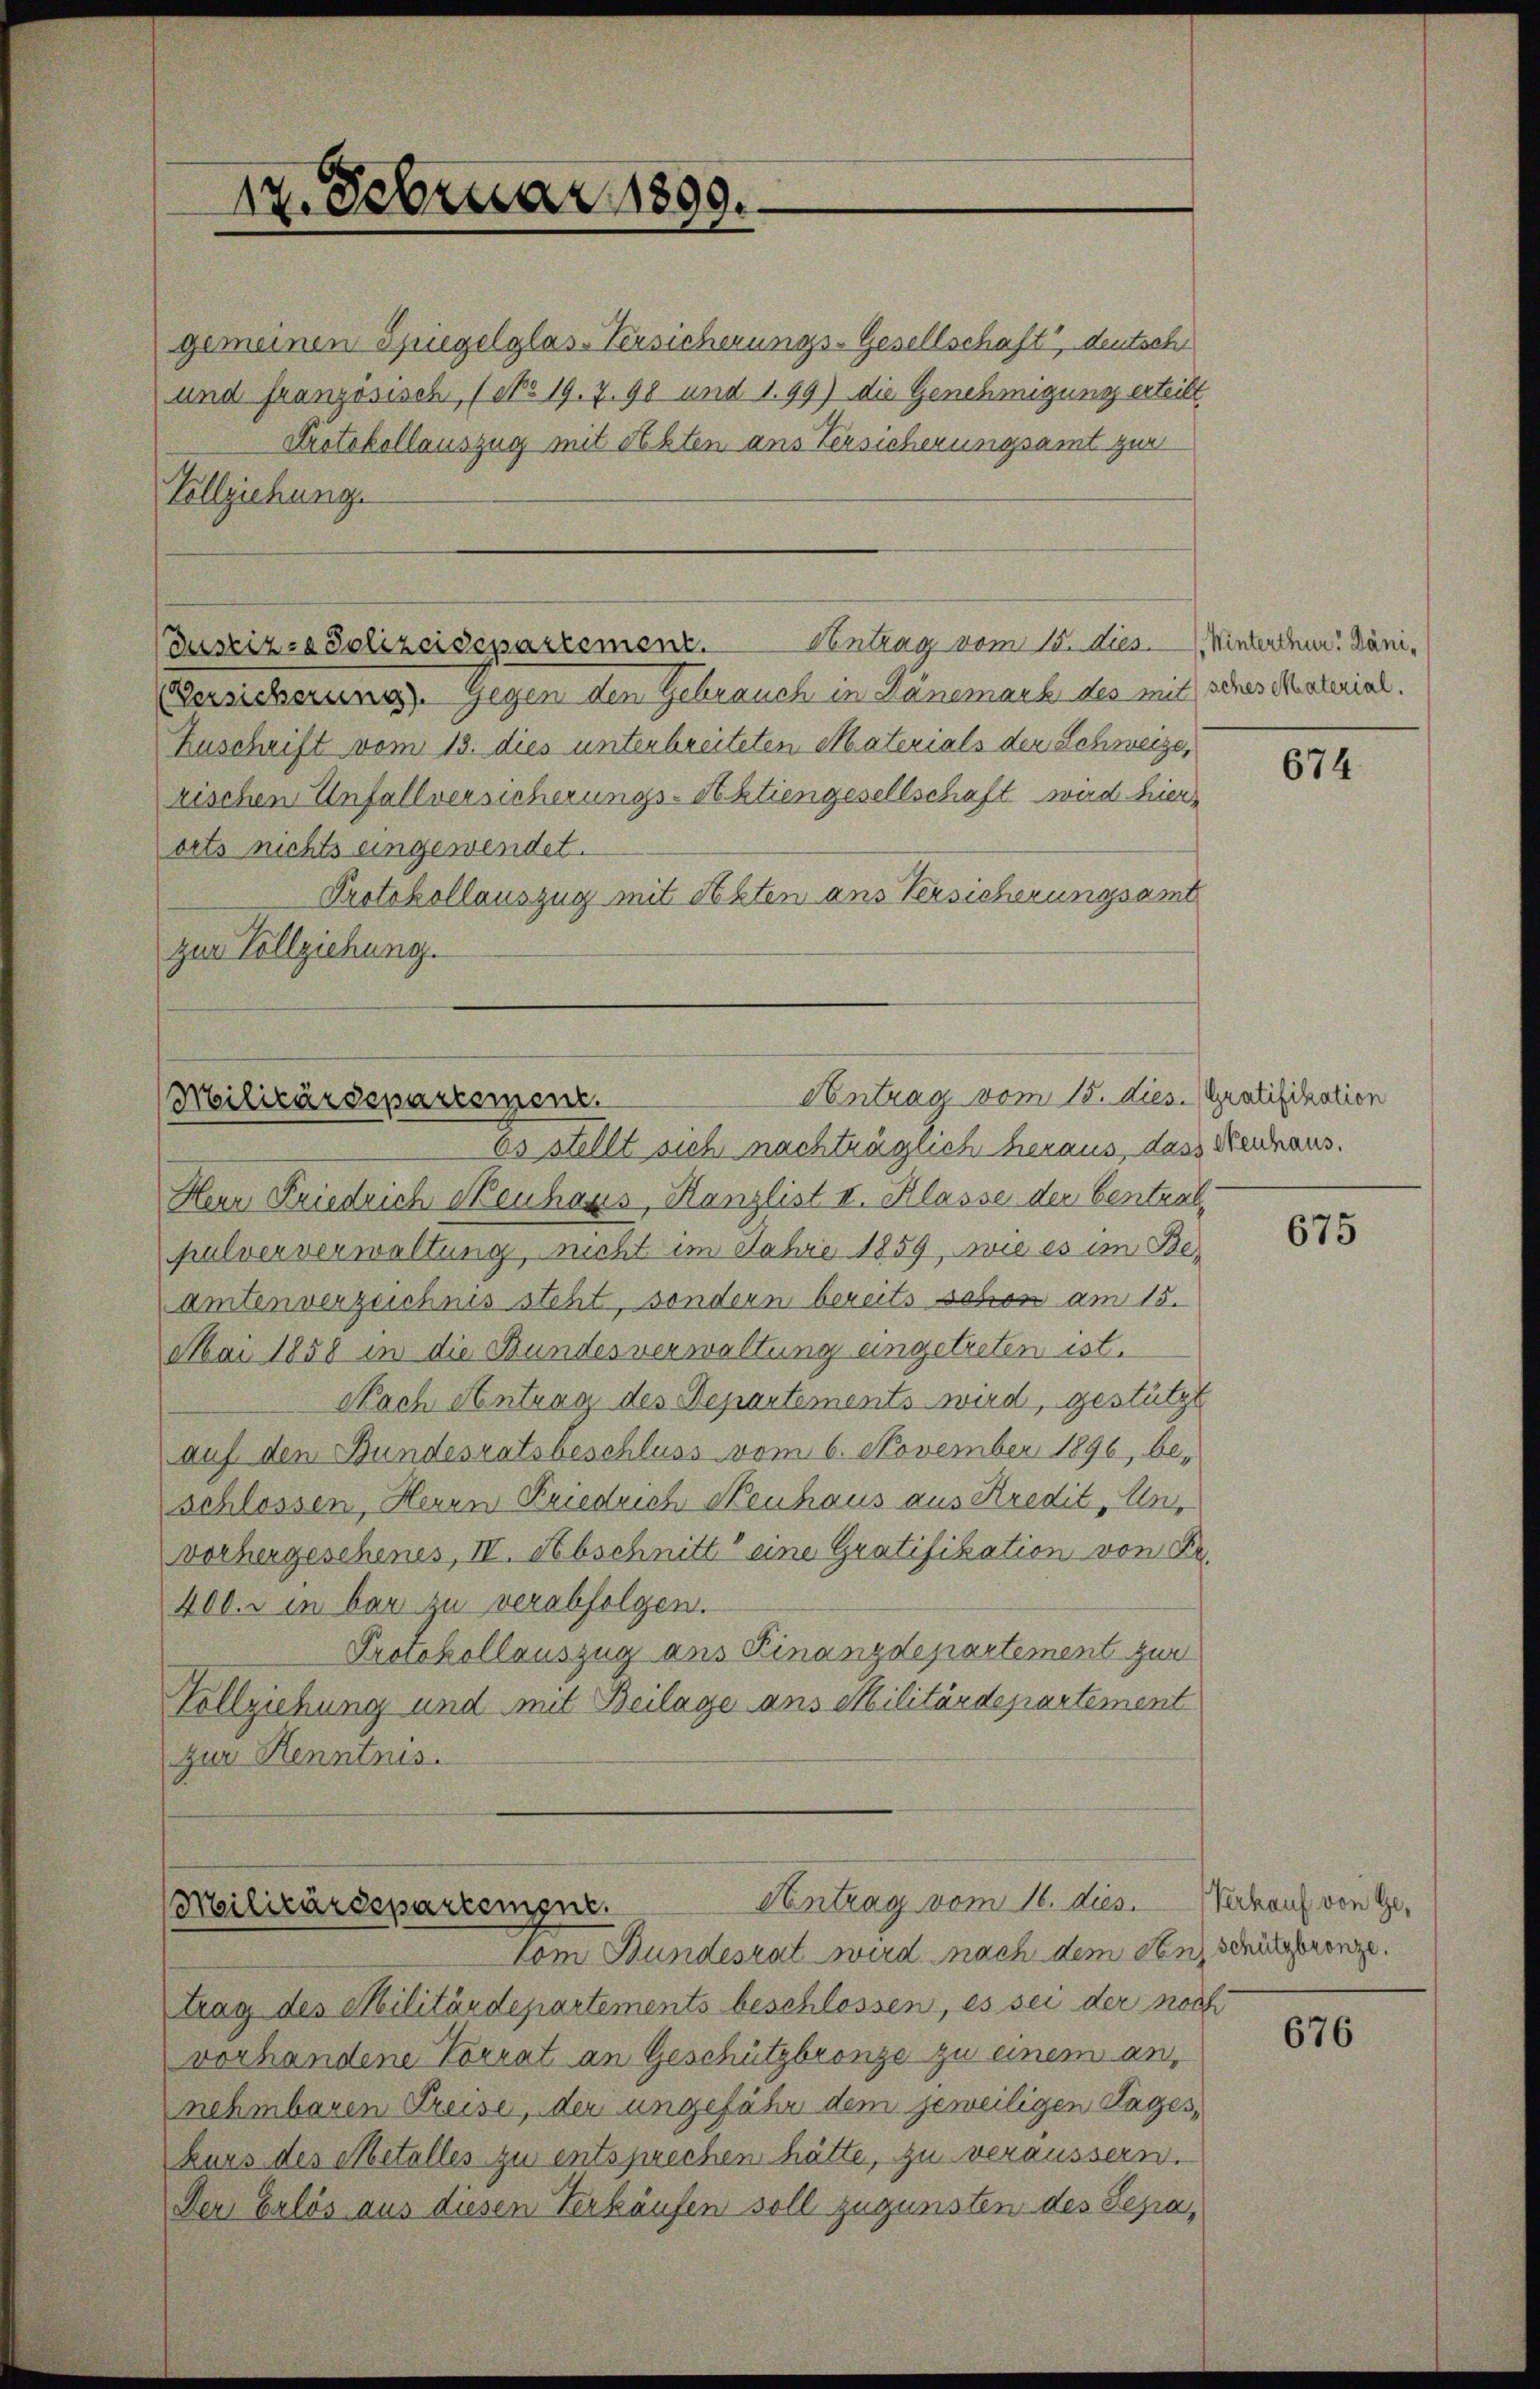
227. Februar 1899.

gemeinen Spiegelglas-Versicherungs-Gesellschaft, deutsch
und französisch, (NNo 19. 7. 98 und 199) die Genehmigung erteilt
Protokollauszug mit Sekten aus Versicherungsamt zur
Vollziehung.
Antrag vom 15. Dies. Winterden, Däni¬
Dustizza Polizeidepartement.
Versicherung. Gegen den Gebrauch in Dänemark des mit sches Resterial.
Zuschrift vom 13. dies unterbreiteten Materials den Schweize,
rischen Unfallversicherungs-Aktiengesellschaft wird hier
orts nichts eingewendet.
Protokollauszug mit Sekten aus Versicherungsamt
zur Vollziehung.

Antrag vom 15. dies. Gratifikation
Militärdepartement.

Militärdepartement.
vom Bundesrat wird nach dem an schützterenze.

Aantrag vom 16. dies. Verkauf von Ge¬

os stellt sich nachträglich heraus, dass Neuhaus.
Herr Friedrich Neuhaus, Kanzlist II. Klasse der Centralpulververwaltung, nicht im Jahre 1859, wie es im Be-
amtenverzeichnis steht, sondern bereits schon am 15.
Mai 1858 in die Bundesverwaltung eingetreten ist.
Nach Antrag des Departements wird, gestützt
auf den Bundesratsbeschluss vom 6. November 1896, be-
schlossen, Herrn Briedrich Neuhaus aus Kredit, Un¬
Vorhergeschenes, IV. Abschnitt eine Gratifikation von Dr.
400. r in bar zu verabfolgen.
Protokollauszug ans Finanzdepartement zur
Vollziehung und mit Beilage aus Militärdepartement
zur Kenntnis.

trag des Militärdepartements beschlossen, es sei der noch
vorhandene Vorrat an Geschützbronze zu einem an,
nehmbaren Preise, der ungefähr dem jeweiligen Tages,
kurs des Metalles zu entsprechen hätte, zu veräussern.
Der Erlös aus diesen Verkäufen soll zugunsten des Sepa¬

674.

675

676